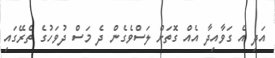
އަދި އެ ގަވާއިދާ އެއް ގޮތަށް ލަސްވެގެން ދެ މަސް ދުވަހުގެ ތެރޭގައި